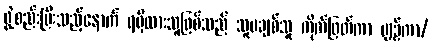
ဖွဲ့စည်းပြီးသည့်နောက် ရရှိထားသူဖြစ်သည် သူမချစ်သူ ကိုက်ဖြတ်ကာ ပျဉ်ကာ/